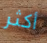
أكثر